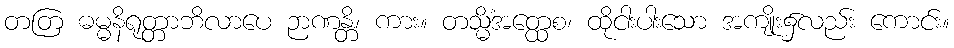
တတြ ဓမ္မနိရုတ္တာဘိလာပေ ဉာဏန္တိ၊ ကား။ တသ္မိံအတ္ထေစ၊ ထိုငါးပါးသော အကျိုး၌လည်း ကောင်း။